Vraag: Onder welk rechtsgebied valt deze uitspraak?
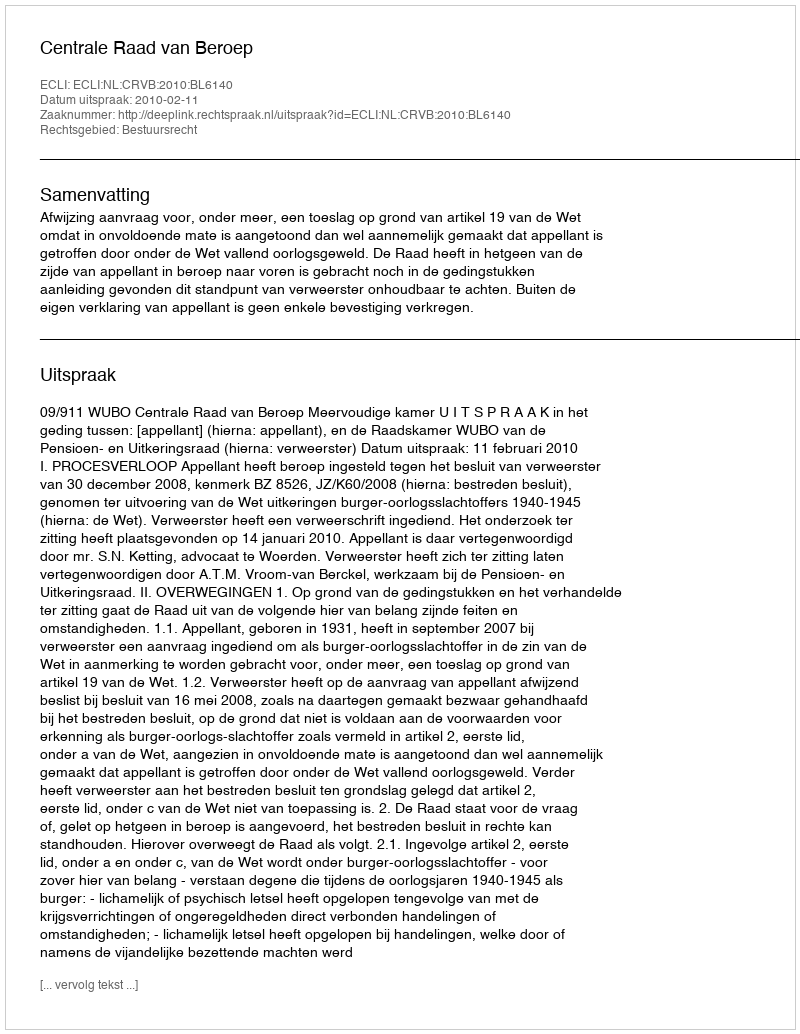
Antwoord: Bestuursrecht